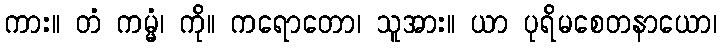
ကား။ တံ ကမ္မံ၊ ကို။ ကရောတော၊ သူအား။ ယာ ပုရိမစေတနာယော၊